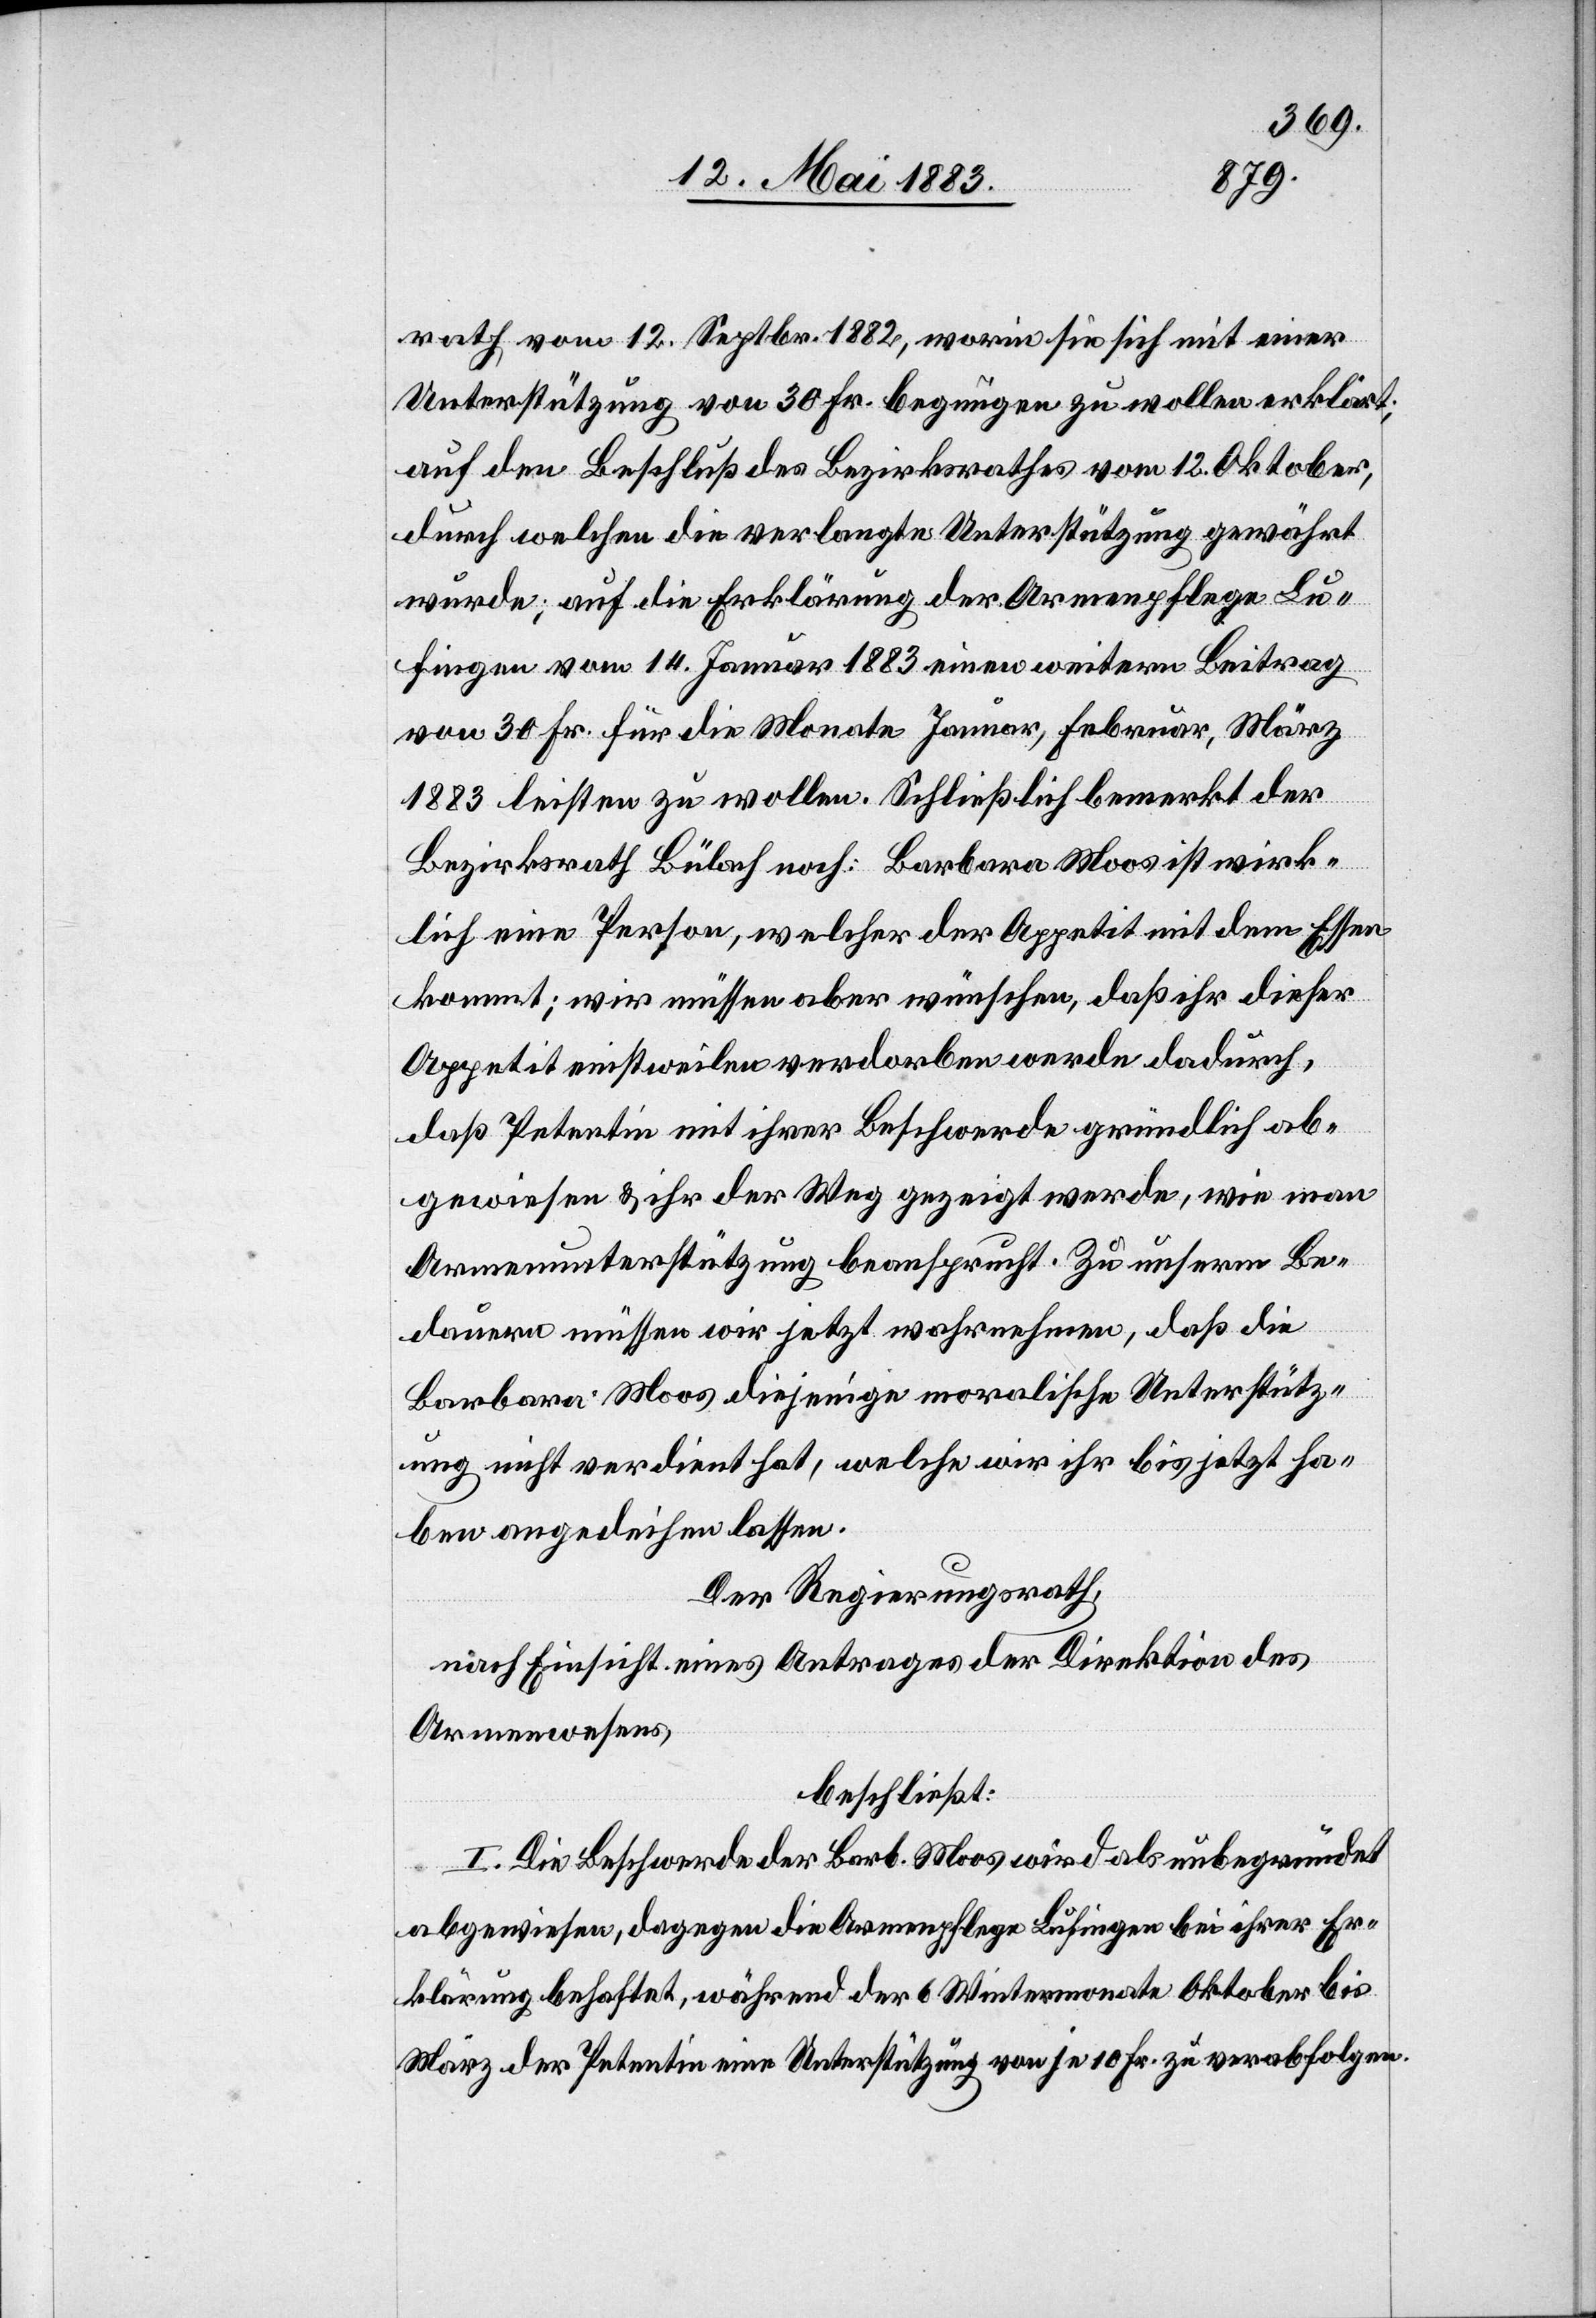
rath vom 12. Septbr. 1882, worin sie sich mit einer
Unterstützung von 30 Fr. begnügen zu wollen erklärt;
auf den Beschluß des Bezirksrathes vom 12. Oktober,
durch welchen die verlangte Unterstützung gewährt
wurde; auf die Erklärung der Armenpflege Lu¬
fingen vom 14. Januar 1883 einen weitern Beitrag
von 30 Fr. für die Monate Januar, Februar, März
1883 leisten zu wollen. Schließlich bemerkt der
Bezirksrath Bülach noch: Barbara Moos ist wirk¬
lich eine Person, welcher der Appetit mit dem Essen
kommt; wir müssen aber wünschen, daß ihr dieser
Appetit einstweilen verdorben werde dadurch,
daß Petentin mit ihrer Beschwerde gründlich ab¬
gewiesen & ihr der Weg gezeigt werde, wie man
Armenunterstützung beansprucht. Zu unserm Be¬
dauern müssen wir jetzt wahrnehmen, daß die
Barbara Moos diejenige moralische Unterstütz¬
ung nicht verdient hat, welche wir ihr bis jetzt ha¬
ben angedeihen lassen.
Der Regierungsrath,
nach Einsicht eines Antrages der Direktion des
Armenwesens,
beschließt:
I. Die Beschwerde der Barb. Moos wird als unbegründet
abgewiesen, dagegen die Armenpflege Lufingen bei ihrer Er¬
klärung behaftet, während der 6 Wintermonate Oktober bis
März der Petentin eine Unterstützung von je 10 Fr. zu verabfolgen.